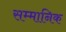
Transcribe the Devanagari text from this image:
सम्‍मानिक